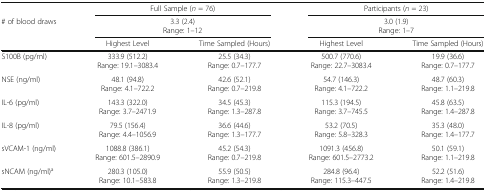
<table><thead><tr><td></td><td colspan="2"><b>Full Sample (<i>n</i> = 76)</b></td><td colspan="2"><b>Participants (<i>n</i> = 23)</b></td></tr><tr><td><b># of blood draws</b></td><td colspan="2"><b>3.3 (2.4)Range: 1–12</b></td><td colspan="2"><b>3.0 (1.9)Range: 1–7</b></td></tr><tr><td></td><td><b>Highest Level</b></td><td><b>Time Sampled (Hours)</b></td><td><b>Highest Level</b></td><td><b>Time Sampled (Hours)</b></td></tr></thead><tbody><tr><td>S100B (pg/ml)</td><td>333.9 (512.2)Range: 19.1–3083.4</td><td>25.5 (34.3)Range: 0.7–177.7</td><td>500.7 (770.6)Range: 22.7–3083.4</td><td>19.9 (36.6)Range: 0.7–177.7</td></tr><tr><td>NSE (ng/ml)</td><td>48.1 (94.8)Range: 4.1–722.2</td><td>42.6 (52.1)Range: 0.7–219.8</td><td>54.7 (146.3)Range: 4.1–722.2</td><td>48.7 (60.3)Range: 1.1–219.8</td></tr><tr><td>IL-6 (pg/ml)</td><td>143.3 (322.0)Range: 3.7–2471.9</td><td>34.5 (45.3)Range: 1.3–287.8</td><td>115.3 (194.5)Range: 3.7–745.5</td><td>45.8 (63.5)Range: 1.4–287.8</td></tr><tr><td>IL-8 (pg/ml)</td><td>79.5 (156.4)Range: 4.4–1056.9</td><td>36.6 (44.6)Range: 1.3–177.7</td><td>53.2 (70.5)Range: 5.8–328.3</td><td>35.3 (48.0)Range: 1.4–177.7</td></tr><tr><td>sVCAM-1 (ng/ml)</td><td>1088.8 (386.1)Range: 601.5–2890.9</td><td>45.2 (54.3)Range: 0.7–219.8</td><td>1091.3 (456.8)Range: 601.5–2773.2</td><td>50.1 (59.1)Range: 1.1–219.8</td></tr><tr><td>sNCAM (ng/ml)<sup>a</sup></td><td>280.3 (105.0)Range: 10.1–583.8</td><td>55.9 (50.5)Range: 1.3–219.8</td><td>284.8 (96.4)Range: 115.3–447.5</td><td>52.2 (51.6)Range: 1.4–219.8</td></tr></tbody></table>